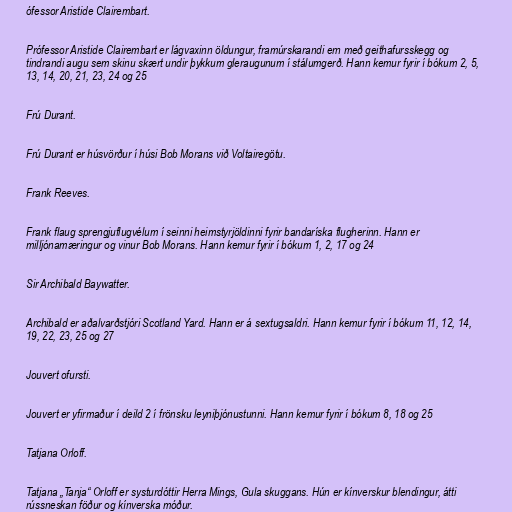
ófessor Aristide Clairembart.

Prófessor Aristide Clairembart er lágvaxinn öldungur, framúrskarandi ern með geithafursskegg og
tindrandi augu sem skinu skært undir þykkum gleraugunum í stálumgerð. Hann kemur fyrir í bókum 2, 5,
13, 14, 20, 21, 23, 24 og 25

Frú Durant.

Frú Durant er húsvörður í húsi Bob Morans við Voltairegötu.

Frank Reeves.

Frank flaug sprengjuflugvélum í seinni heimstyrjöldinni fyrir bandaríska flugherinn. Hann er
milljónamæringur og vinur Bob Morans. Hann kemur fyrir í bókum 1, 2, 17 og 24

Sir Archibald Baywatter.

Archibald er aðalvarðstjóri Scotland Yard. Hann er á sextugsaldri. Hann kemur fyrir í bókum 11, 12, 14,
19, 22, 23, 25 og 27

Jouvert ofursti.

Jouvert er yfirmaður í deild 2 í frönsku leyniþjónustunni. Hann kemur fyrir í bókum 8, 18 og 25

Tatjana Orloff.

Tatjana „Tanja“ Orloff er systurdóttir Herra Mings, Gula skuggans. Hún er kínverskur blendingur, átti
rússneskan föður og kínverska móður.